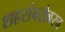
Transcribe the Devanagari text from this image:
शहरांबरोबरच